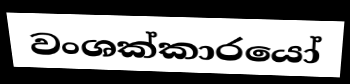
වංශක්කාරයෝ